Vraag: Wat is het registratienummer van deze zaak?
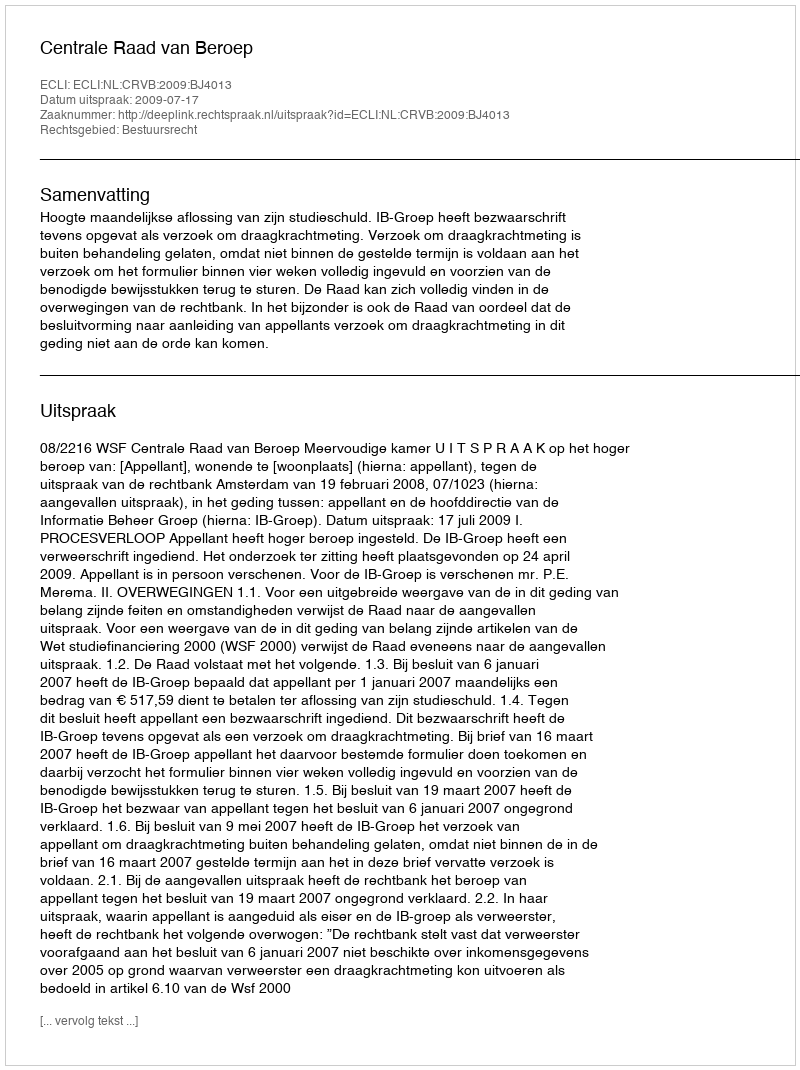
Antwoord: http://deeplink.rechtspraak.nl/uitspraak?id=ECLI:NL:CRVB:2009:BJ4013